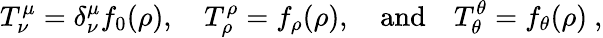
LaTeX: T_{\nu}^{\mu}=\delta_{\nu}^{\mu}f_{0}(\rho),\quad T_{\rho}^{\rho}=f_{\rho}(\rho),\quad\mathrm{and}\quad T_{\theta}^{\theta}=f_{\theta}(\rho)~,